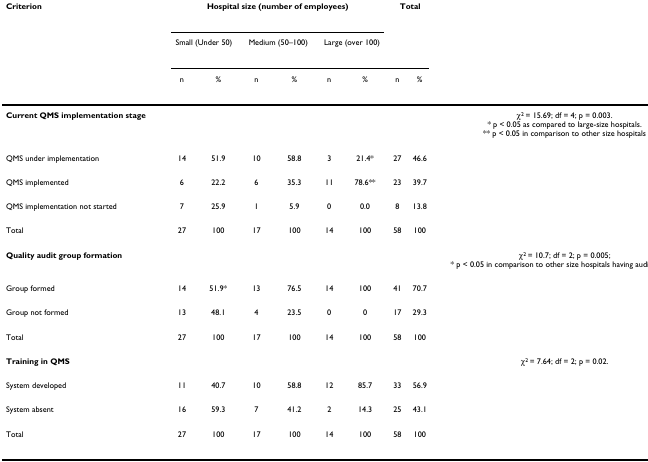
| Criterion | <COLSPAN=6> Hospital size (number of employees) | <COLSPAN=2> Total |  |
 |  | <COLSPAN=2> Small (Under 50) | <COLSPAN=2> Medium (50–100) | <COLSPAN=2> Large (over 100) |  |  |  |
 |  | n | % | n | % | n | % | n | % |  |
 | --- | --- | --- | --- | --- | --- | --- | --- | --- | --- |
 | Current QMS implementation stage |  |  |  |  |  |  |  |  | χ2 = 15.69; df = 4; p = 0.003.* p < 0.05 as compared to large-size hospitals.** p < 0.05 in comparison to other size hospitals |
 | QMS under implementation | 14 | 51.9 | 10 | 58.8 | 3 | 21.4* | 27 | 46.6 |  |
 | QMS implemented | 6 | 22.2 | 6 | 35.3 | 11 | 78.6** | 23 | 39.7 |  |
 | QMS implementation not started | 7 | 25.9 | 1 | 5.9 | 0 | 0.0 | 8 | 13.8 |  |
 | Total | 27 | 100 | 17 | 100 | 14 | 100 | 58 | 100 |  |
 | Quality audit group formation |  |  |  |  |  |  |  |  | χ2 = 10.7; df = 2; p = 0.005;* p < 0.05 in comparison to other size hospitals having audit groups. |
 | Group formed | 14 | 51.9* | 13 | 76.5 | 14 | 100 | 41 | 70.7 |  |
 | Group not formed | 13 | 48.1 | 4 | 23.5 | 0 | 0 | 17 | 29.3 |  |
 | Total | 27 | 100 | 17 | 100 | 14 | 100 | 58 | 100 |  |
 | Training in QMS |  |  |  |  |  |  |  |  | χ2 = 7.64; df = 2; p = 0.02. |
 | System developed | 11 | 40.7 | 10 | 58.8 | 12 | 85.7 | 33 | 56.9 |  |
 | System absent | 16 | 59.3 | 7 | 41.2 | 2 | 14.3 | 25 | 43.1 |  |
 | Total | 27 | 100 | 17 | 100 | 14 | 100 | 58 | 100 |  |